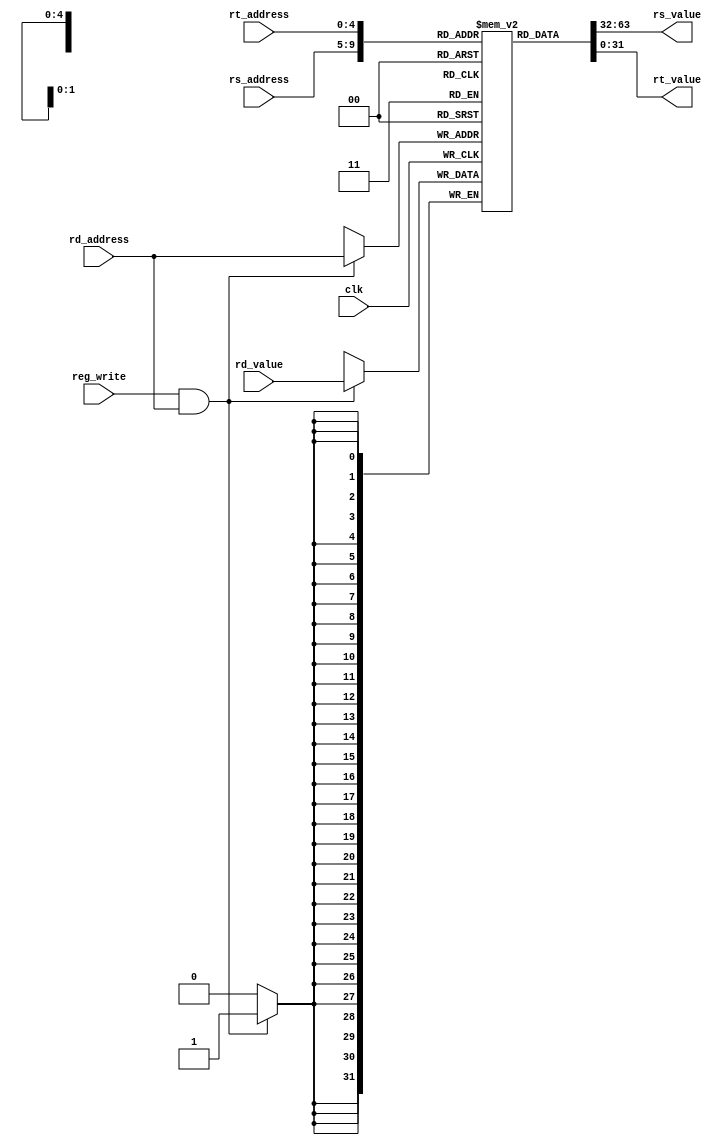
module RegisterFile(clk, rs_address, rt_address, rd_address, rd_value, reg_write, rs_value, rt_value);

input wire clk;
input wire [4:0] rs_address;
input wire [4:0] rt_address;
input wire [4:0] rd_address;
input wire [31:0] rd_value;
input wire reg_write;

output wire [31:0] rs_value;
output wire [31:0] rt_value;

reg [31:0] mem [0:31];

initial begin
    mem[0] <= 0;
end

always @(negedge clk) begin
    if ( reg_write && rd_address ) begin
        mem[rd_address] <= rd_value;
    end
end

assign rs_value = mem[rs_address];
assign rt_value = mem[rt_address];

endmodule